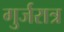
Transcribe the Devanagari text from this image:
गुर्जरात्र